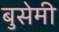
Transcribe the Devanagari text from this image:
बुसेमी